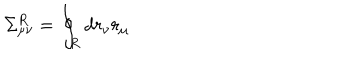
\Sigma _ { \mu \nu } ^ { R } = \oint _ { R } d r _ { \nu } r _ { \mu }